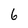
Character: 6